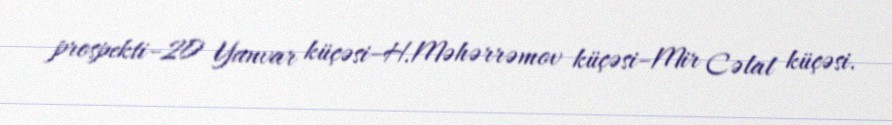
prospekti–20 Yanvar küçəsi–H.Məhərrəmov küçəsi–Mir Cəlal küçəsi.